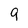
Character: 9